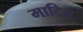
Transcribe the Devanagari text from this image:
माटिस